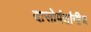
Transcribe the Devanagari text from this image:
दासोपंतांनीच